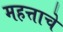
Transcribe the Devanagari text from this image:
महत्ताचे